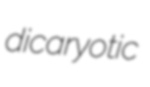
dicaryotic